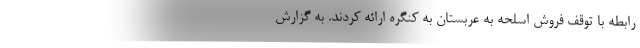
رابطه با توقف فروش اسلحه به عربستان به کنگره ارائه کردند. به گزارش